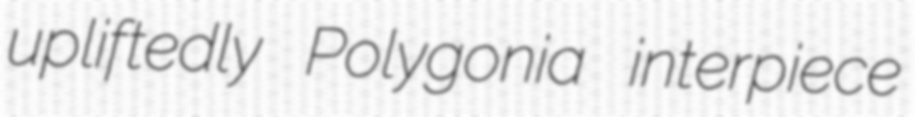
upliftedly Polygonia interpiece